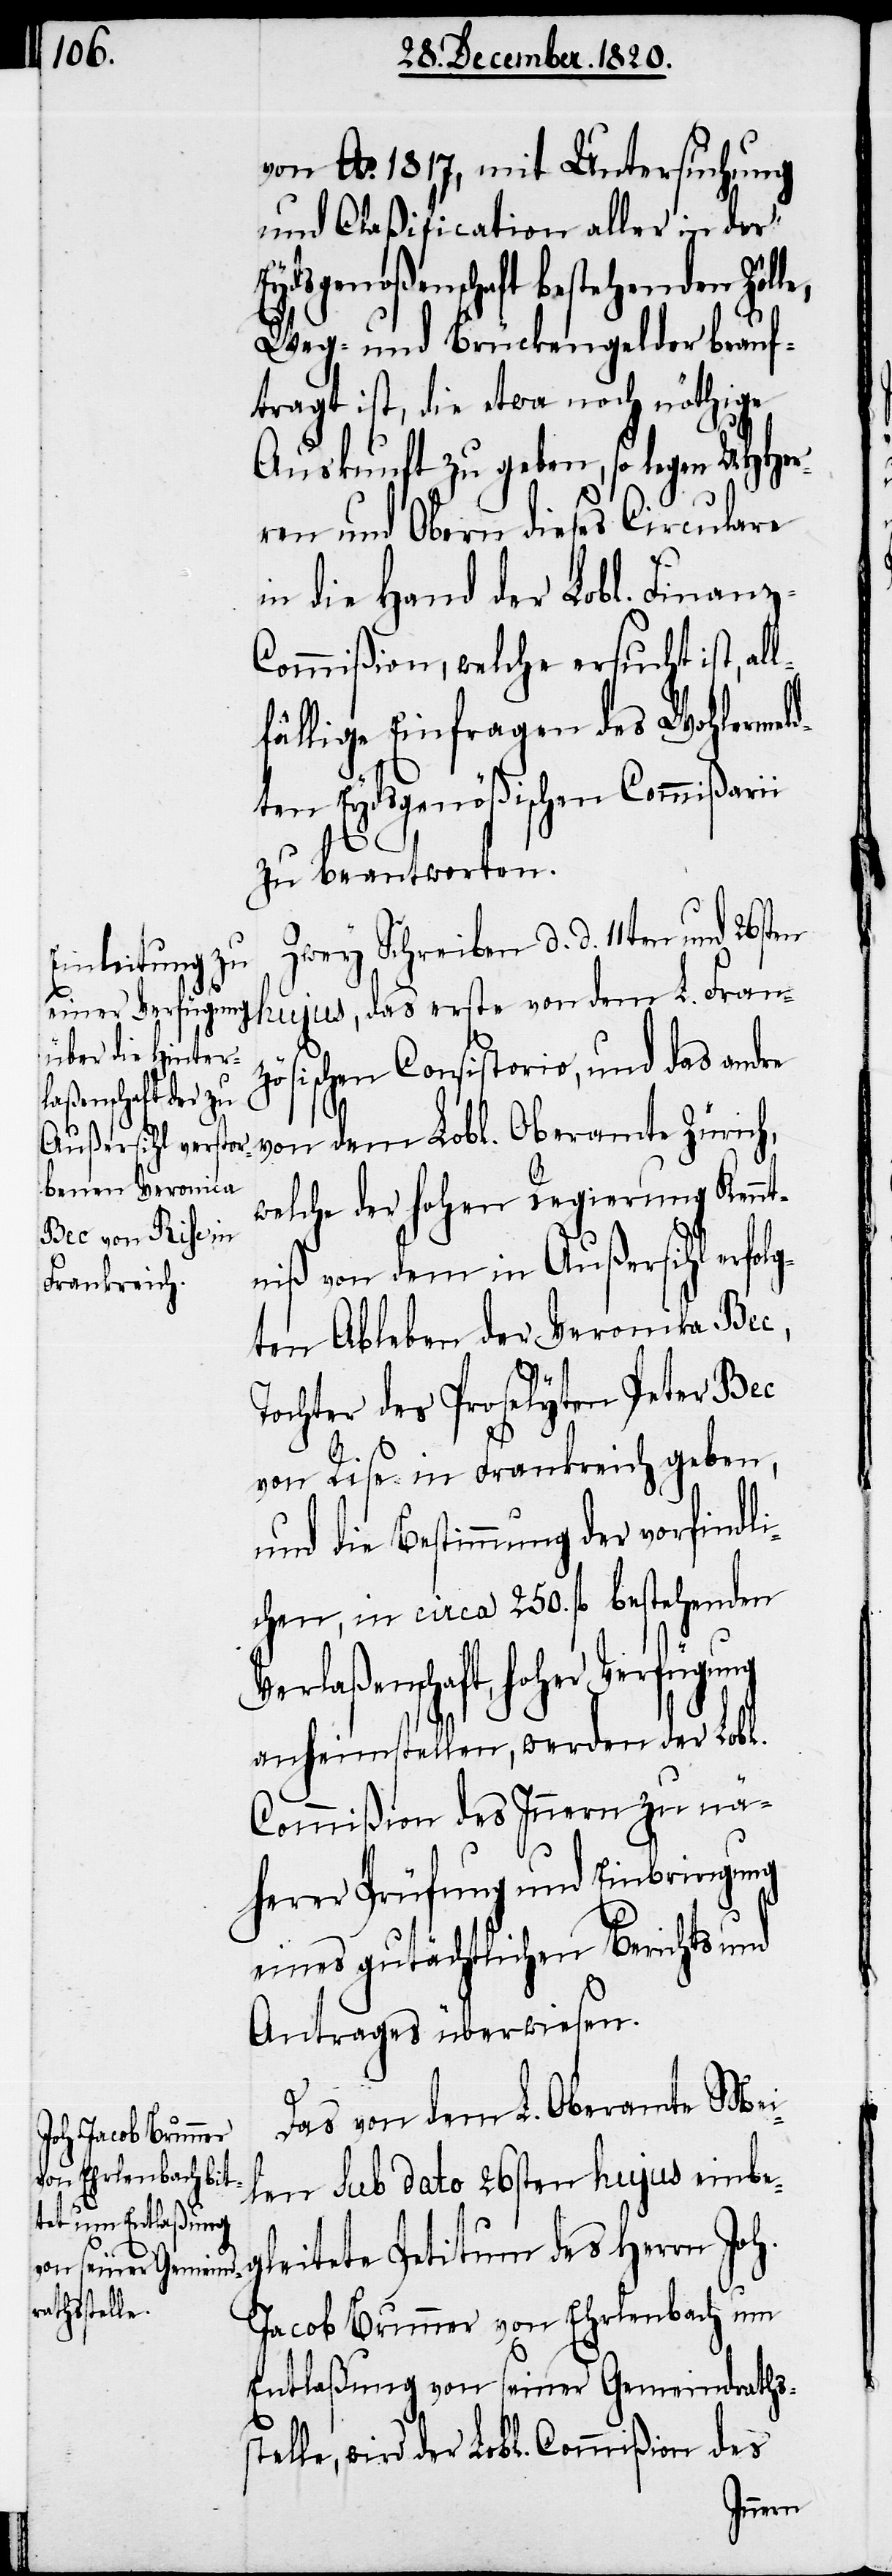
von Ao. 1817, mit Untersuchung
und Claßification aller in der
Eydsgenoßenschaft bestehenden Zöll¬
e, Weg- und Brückengelder beauf¬
tragt ist, die etwa noch nöthige
Auskunft zu geben, so legen UHHer¬
ren und Obern dieses Circulare
in die Hand der Lobl. Finanz-C¬
ommißion, welche ersucht ist, al¬
lfällige Einfragen des Wohlermeld¬
ten Eydsgenößischen Commißarii
zu beantworten.
Zwey Schreiben d. d. 11ten und 26sten
hujus, das erste von dem L. Fran¬
zösischen Consistorio, und das andre
von dem Lobl. Oberamte Zürich,
welche der hohen Regierung Kennt¬
niß von dem in Außersihl erfol¬
gten Ableben der Veronika Bec,
Tochter des Proselyten Pater Bec
von Rise in Frankreich geben,
und die Bestimmung der vorfindli¬
chen, in circa 250. fl. bestehenden
Verlaßenschaft, hoher
anheimstellen, werden der Lobl.
Commißion des Innern zu nä¬
herer Prüfung und Einbringung
eines gutächtlichen Berichts und
Antrages überwiesen.
Das von dem L. Oberamte Mei¬
len sub dato 26sten hujus einbe¬
gleitete Petitum des Herrn
Jacob Brunner von Ehrlenbach um
Entlaßung von seiner Gemeindraths¬
stelle, wird der Lobl. Commißion des